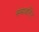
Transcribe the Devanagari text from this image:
समावर्तित